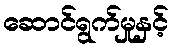
ဆောင်ရွက်မှုနှင့်